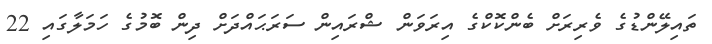
ތައިލޭންޑުގެ ވެރިރަށް ބެންކޮކްގެ އިރަވަން ޝްރައިން ސަރަޙައްދަށް ދިން ބޮމުގެ ހަމަލާގައި 22